Vaccination returns of the Province of Eastern Bengal and Assam - 1905-1912
Year: 1905
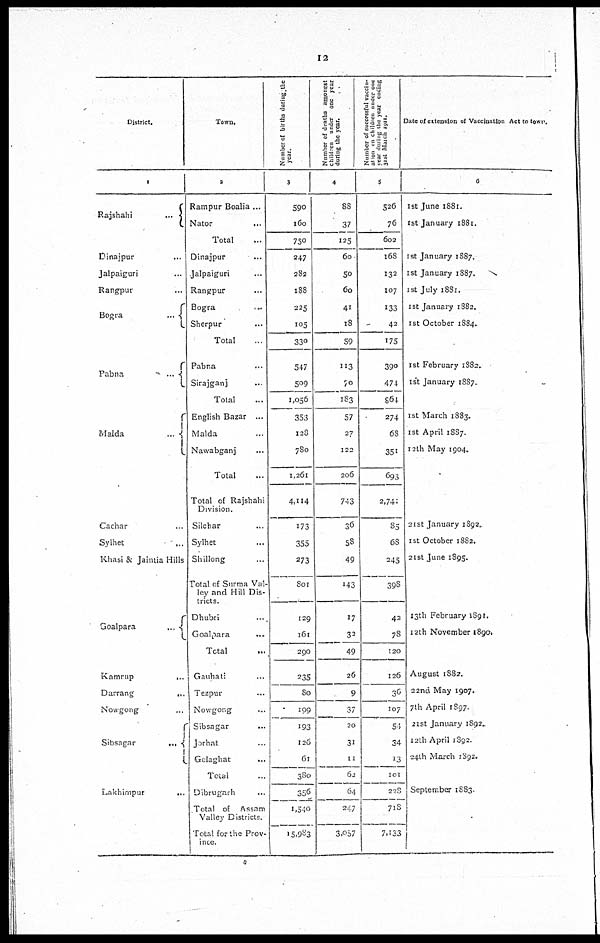
12
District.
1
Rajshahi...
Dinajpur...
Jalpaiguri...
Rangpur...
Bogra...
Pabna...
Malda...
Cachar...
Sylhet...
Khasi & Jaintia Hills
Goalpara...
Kamrup...
Darrang...
Nowgong
Sibsagar...
Lakhimpur...
Town.
2
Rampur Boalia ...
Nator...
Total...
Dinajpur...
Jalpaiguri...
Rangpur...
Bogra...
Sherpur...
Total...
Pabna...
Sirajganj...
Total...
English Bazar...
Malda...
Nawabganj...
Total...
Total of Rajshahi
Division.
Silchar...
Sylhet...
Shillong...
Total of Surma Val-
ley and Hill Dis-
tricts.
Dhubri...
Goalpara...
Total...
Gauhati...
Tezpur...
Nowgong...
Sibsagar...
Jorhat...
Golaghat...
Total...
Dibrugarh...
Total of Assam
Valley Districts.
Total for the Prov-
ince.
Number of births during the
year.
3
590
160
750
247
282
188
225
105
330
547
509
1,056
353
128
780
1,261
4,114
173
355
273
801
129
161
290
235
80
199
193
126
61
380
356
1,540
15,983
Number of deaths amongst
children under one year
during the year.
4
88
37
125
60
50
60
41
18
59
113
70
183
57
27
122
206
743
36
58
49
143
17
32
49
26
9
37
20
31
11
62
64
247
3,057
Number of successful vaccin-
ation on children under one
year during the year ending
31st March 1911.
5
526
76
602
168
132
107
133
42
175
390
474
864
274
68
351
693
2,741
85
68
245
398
42
78
120
126
30
107
54
34
13
101
228
718
7,133
Date of extension of Vaccination Act to town.
6
1st June 1881.
1st January 1881.
1st January 1887.
1st January 1887.
1st July 1881.
1st January 1882.
1st October 1884.
1st February 1882.
1st January 1887.
1st March 1883.
1st April 1887.
12th May 1904..
21st January 1892.
1st October 1882.
21st June 1895.
13th February 1891.
12th November 1890.
August 1882.
22nd May 1907.
7th April 1897.
21st January 1892.
12th April 1892.
24th March 1892.
September 1883.